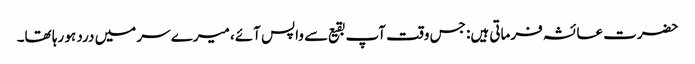
حضرت عائشہ فرماتی ہیں: جس وقت آپ بقیع سے واپس آئے، میرے سر میں درد ہو رہا تھا۔